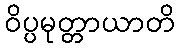
ဝိပ္ပမုတ္တာယာတိ